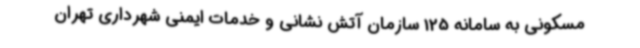
مسکونی به سامانه 125 سازمان آتش نشانی و خدمات ایمنی شهرداری تهران